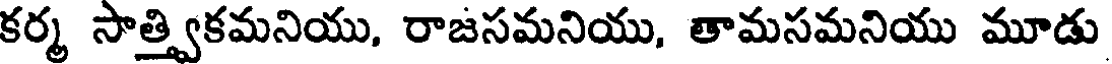
కర్మ సాత్త్వికమనియు, రాజసమనియు, తామసమనియు మూడు